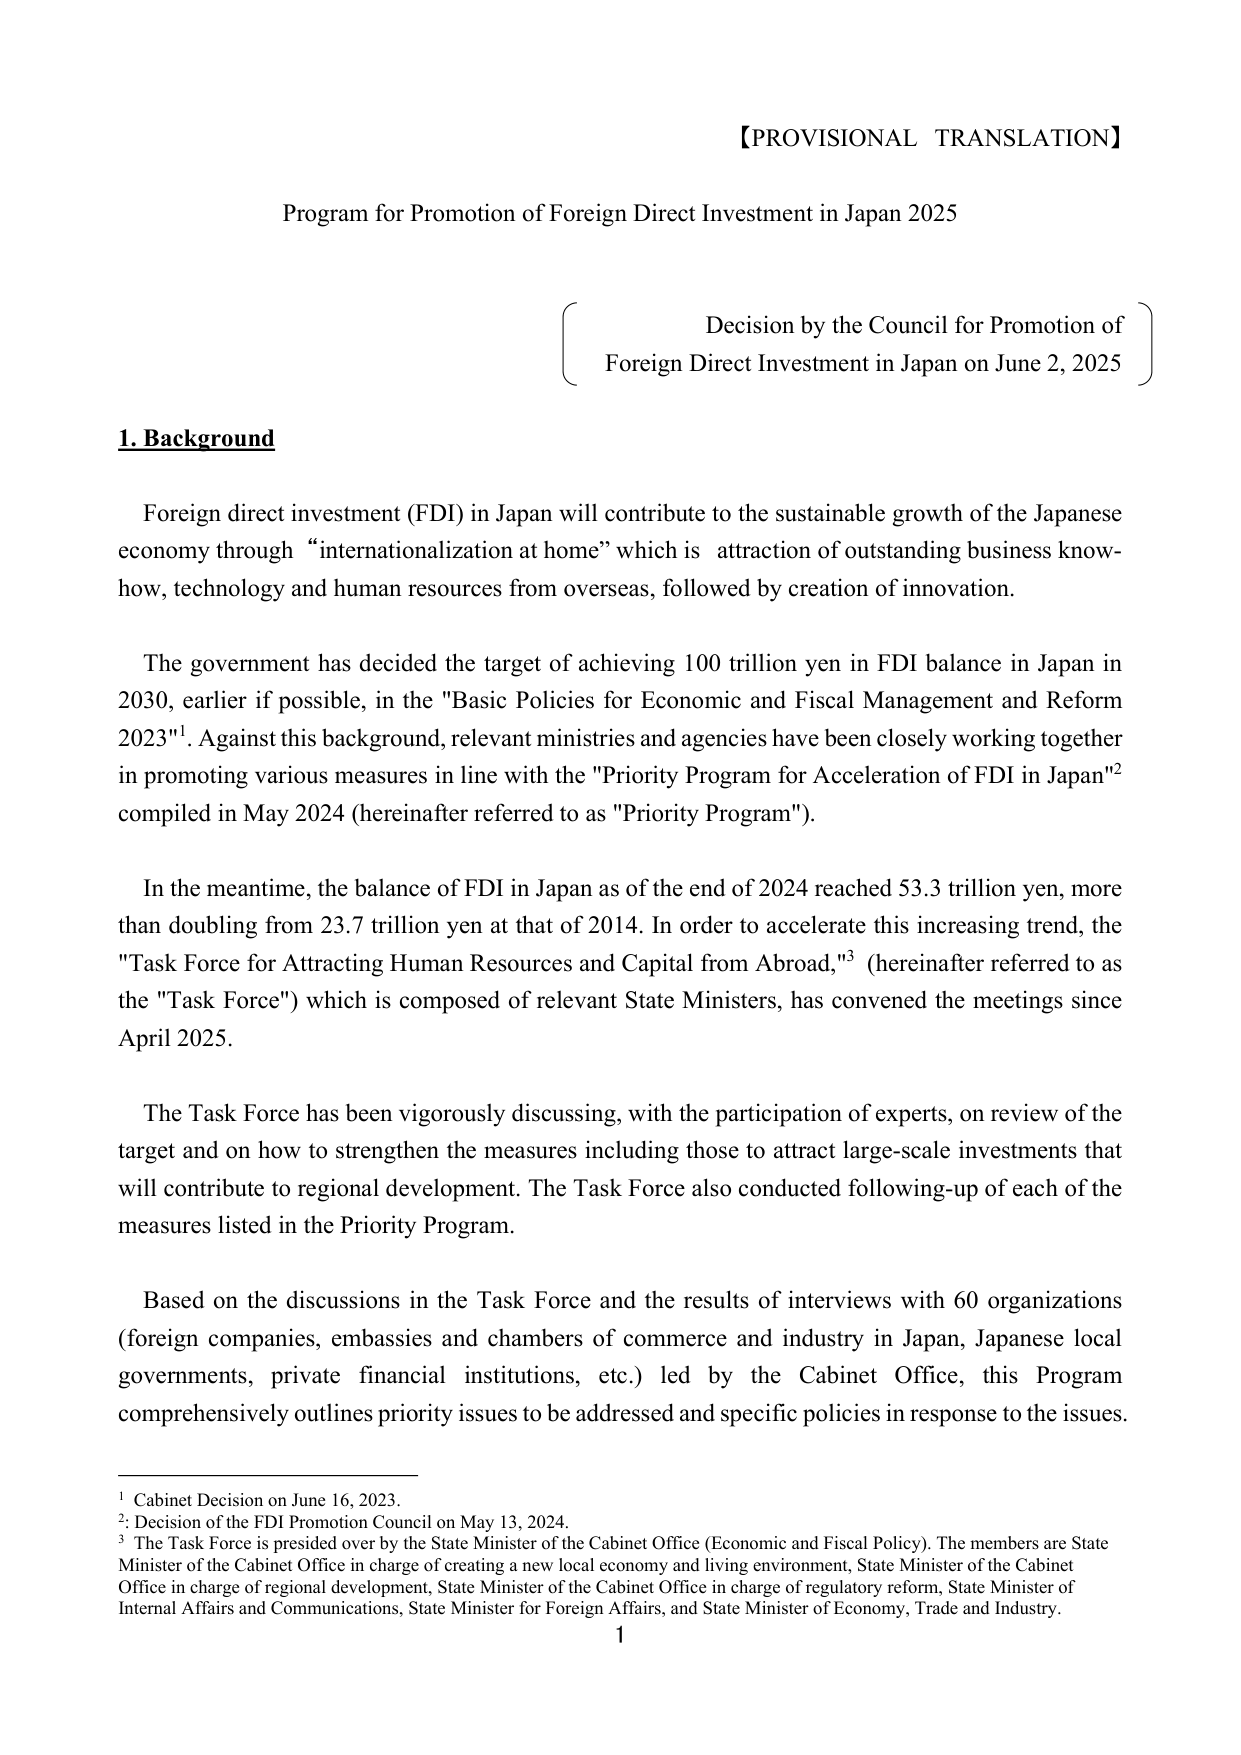
【PROVISIONAL TRANSLATION】

Program for Promotion of Foreign Direct Investment in Japan 2025

Decision by the Council for Promotion of
Foreign Direct Investment in Japan on June 2, 2025

1. Background

Foreign direct investment (FDI) in Japan will contribute to the sustainable growth of the Japanese economy through “internationalization at home” which is attraction of outstanding business know-how, technology and human resources from overseas, followed by creation of innovation.

The government has decided the target of achieving 100 trillion yen in FDI balance in Japan in 2030, earlier if possible, in the "Basic Policies for Economic and Fiscal Management and Reform 2023"¹. Against this background, relevant ministries and agencies have been closely working together in promoting various measures in line with the "Priority Program for Acceleration of FDI in Japan"² compiled in May 2024 (hereinafter referred to as "Priority Program").

In the meantime, the balance of FDI in Japan as of the end of 2024 reached 53.3 trillion yen, more than doubling from 23.7 trillion yen at that of 2014. In order to accelerate this increasing trend, the "Task Force for Attracting Human Resources and Capital from Abroad,"³ (hereinafter referred to as the "Task Force") which is composed of relevant State Ministers, has convened the meetings since April 2025.

The Task Force has been vigorously discussing, with the participation of experts, on review of the target and on how to strengthen the measures including those to attract large-scale investments that will contribute to regional development. The Task Force also conducted follow-up of each of the measures listed in the Priority Program.

Based on the discussions in the Task Force and the results of interviews with 60 organizations (foreign companies, embassies and chambers of commerce and industry in Japan, Japanese local governments, private financial institutions, etc.) led by the Cabinet Office, this Program comprehensively outlines priority issues to be addressed and specific policies in response to the issues.

¹ Cabinet Decision on June 16, 2023.
² Decision of the FDI Promotion Council on May 13, 2024.
³ The Task Force is presided over by the State Minister of the Cabinet Office (Economic and Fiscal Policy). The members are State Minister of the Cabinet Office in charge of creating a new local economy and living environment, State Minister of the Cabinet Office in charge of regional development, State Minister of the Cabinet Office in charge of regulatory reform, State Minister of Internal Affairs and Communications, State Minister for Foreign Affairs, and State Minister of Economy, Trade and Industry.

1